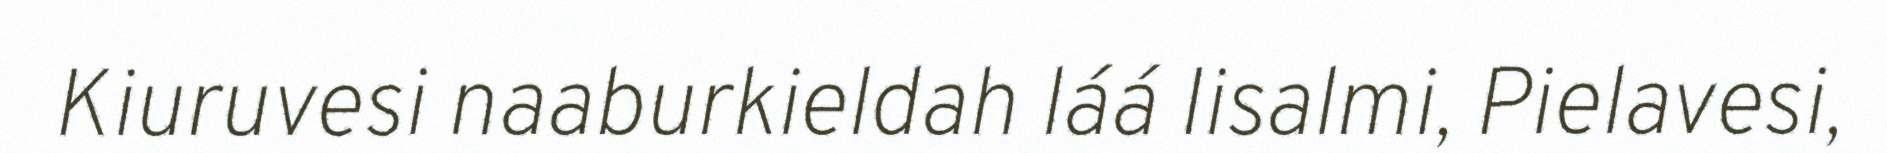
Kiuruvesi naaburkieldah láá Iisalmi, Pielavesi,